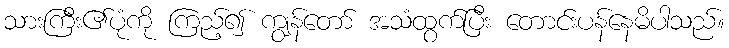
သားကြီး၏ပုံကို ကြည့်၍ ကျွန်တော် အသံထွက်ပြီး တောင်းပန်နေမိပါသည်။